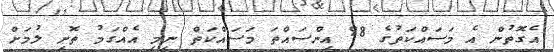
އެގޮތުން އެ މަސައްކަތުގެ 98 އިންސައްތަ މަސައްކަތް ނިމި އެއްގަމު ތޮށި ލުމަށް